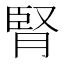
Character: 腎